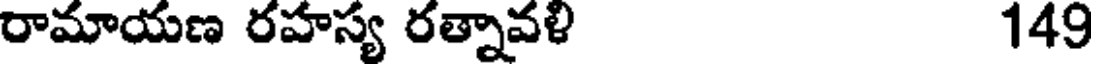
రామాయణ రహస్య రత్నావళి 149